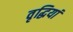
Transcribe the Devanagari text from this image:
वृद्धियां